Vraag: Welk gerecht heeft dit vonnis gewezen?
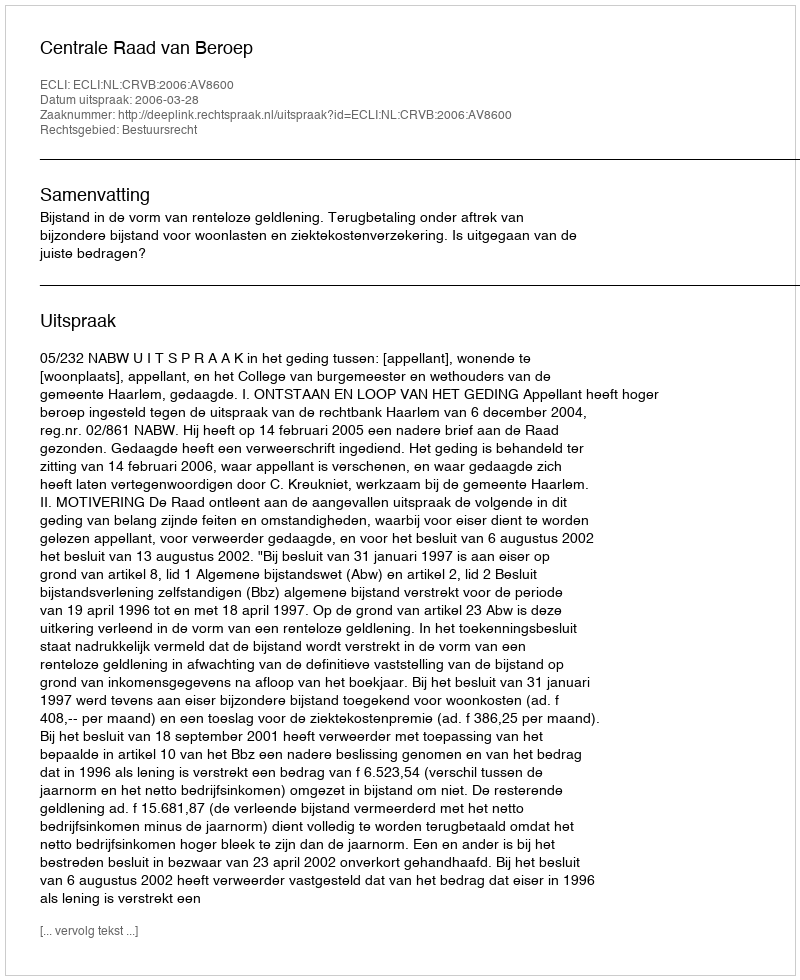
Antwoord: Centrale Raad van Beroep